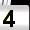
Digit: 4